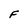
Character: F